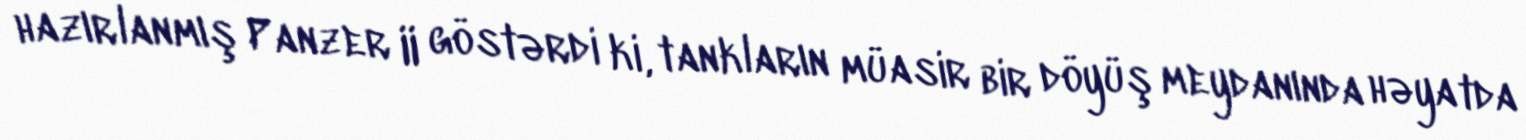
hazırlanmış Panzer II göstərdi ki, tankların müasir bir döyüş meydanında həyatda